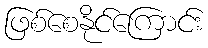
ဖြစ်စေနိုင်ကြောင်း